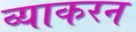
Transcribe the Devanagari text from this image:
व्याकरन